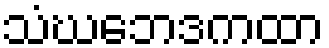
သံဃဘေဒကထာ